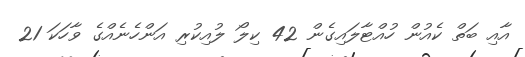
އާއި ބަތް ކެއުން ހުއްޓާލައިގެން 42 ކިލޯ ލުއިކުރި އަންހެނެއްގެ ވާހަކަ 21